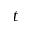
t